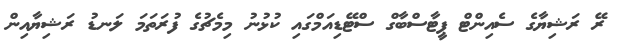
ރޭ ރަޝިޔާގެ ސެއިންޓް ޕީޓާސްބާގް ސްޓޭޑިއަމްގައި ކުޅުނު މިމެޗުގެ ފުރަތަމަ ލަނޑު ރަޝިޔާއިން